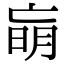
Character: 朚